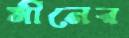
মীনের